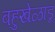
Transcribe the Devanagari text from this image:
बहुखेळाडू